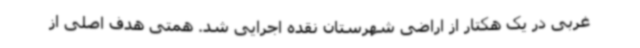
غربی در یک هکتار از اراضی شهرستان نقده اجرایی شد. همتی هدف اصلی از